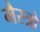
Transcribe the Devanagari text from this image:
मैस्त्रो